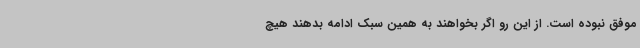
موفق نبوده است. از این رو اگر بخواهند به همین سبک ادامه بدهند هیچ